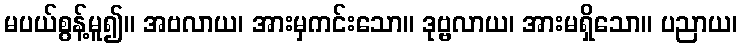
မပယ်စွန့်မူ၍။ အဗလာယ၊ အားမှကင်းသော။ ဒုဗ္ဗလာယ၊ အားမရှိသော။ ပညာယ၊